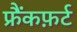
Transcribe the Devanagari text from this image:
फ्रैंकफ़र्ट